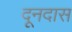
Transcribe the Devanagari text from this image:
दूनदास